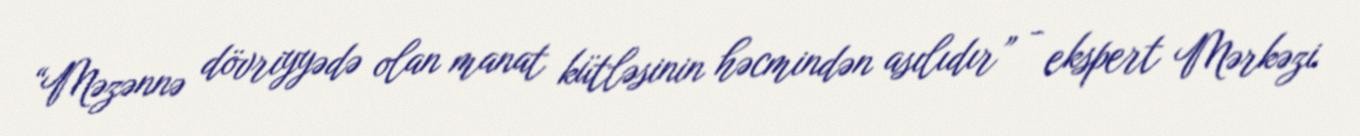
“Məzənnə dövriyyədə olan manat kütləsinin həcmindən asılıdır” - ekspert Mərkəzi